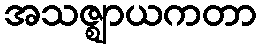
အသဇ္ဈာယကတာ